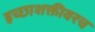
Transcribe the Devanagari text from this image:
इच्छाशक्तीवरच